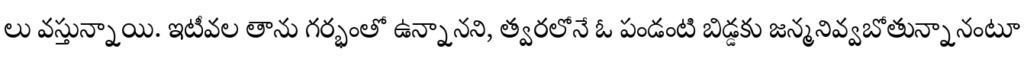
లు వస్తున్నాయి. ఇటీవల తాను గర్భంతో ఉన్నానని, త్వరలోనే ఓ పండంటి బిడ్డకు జన్మనివ్వబోతున్నానంటూ